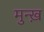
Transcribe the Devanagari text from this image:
मुन्ख़